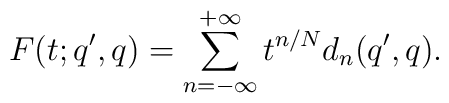
F(t;q',q) = \sum_{n=-\infty}^{+\infty} t^{n/N} d_n(q',q).